Annual report of the Imperial Bacteriologist
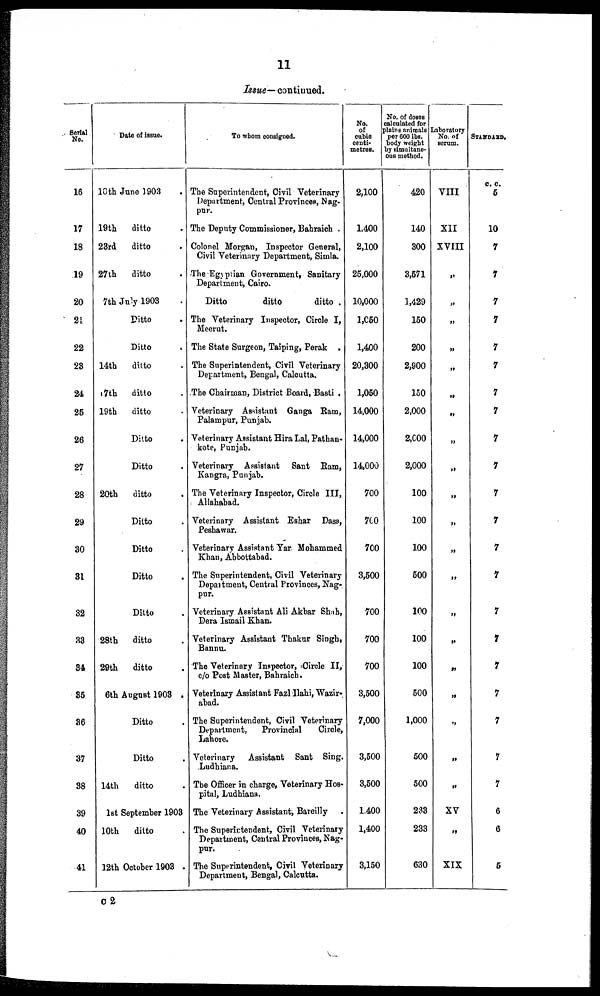
11
Issue— continued.
Serial
No.
16
17
18
19
20
21.
22
23
24
25
26
27
28
29
30
31
32
33
34
35
36
37
38
39
40
41
Date of issue.
10th June 1903
19th
23rd
27th
ditto .
ditto .
ditto .
7th July 1903 .
14th
17th
19th
20th
28th
29th
6th
14th
Ditto .
Ditto .
ditto .
ditto .
ditto .
Ditto .
Ditto .
ditto
.
Ditto .
Ditto .
Ditto .
Ditto .
ditto .
ditto .
August 1903 .
Ditto .
Ditto .
ditto .
1st September 1903
10th
ditto .
12th October 1903 .
To whom consigned.
The Superintendent, Civil Veterinary
Department, Central Provinces, Nag-
pur.
The Deputy Commissioner, Bahraich .
Colonel Morgan, Inspector General,
Civil Veterinary Department, Simla.
The Egyptian Government, Sanitary
Department, Cairo.
Ditto
ditto
ditto .
The Veterinary Inspector, Circle I,
Meerut.
The State Surgeon, Taiping, Perak .
The Superintendent, Civil Veterinary
Department, Bengal, Calcutta.
The Chairman, District Board, Basti .
Veterinary Assistant Ganga Ram,
Palampur, Punjab.
Veterinary Assistant Hira Lal, Pathan¬
kote, Punjab.
Veterinary Assistant Sant Ram,
Kangra, Punjab.
The Veterinary Inspector, Circle III,
Allahabad.
Veterinary Assistant Eshar Dass,
Peshawar.
Veterinary Assistant Yar Mohammed
Khan, Abbottabad.
The Superintendent, Civil Veterinary
Department, Central Provinces, Nag-
pur.
Veterinary Assistant Ali Akbar Shah,
Dera Ismail Khan.
Veterinary Assistant Thakur Singh,
Bannu.
The Veterinary Inspector, Circle II,
c/o Post Master, Bahraich.
Veterinary Assistant Fazl Ilahi, Wazir¬
abad.
The Superintendent, Civil Veterinary
Department,
Provincial
Circle,
Lahore.
Veterinary Assistant Sant Sing.
Ludhiana.
The Officer in charge, Veterinary Hos-
pital, Ludhiana.
The Veterinary Assistant, Bareilly .
The Superintendent, Civil Veterinary
Department, Central Provinces, Nag-
pur.
The Superintendent, Civil Veterinary
Department, Bengal, Calcutta.
No.
of.
cubic
centi-
metres.
2,100
1,400
2,100
25,000
10,000
1,050
1,400
20,300
1,050
14,000
14,000
14,000
700
700
700
3,500
700
700
700
3,500
7,000
3,500
3,500
1,400
1,400
3,150
No. of doses
calculated for
plains animals
per 600 lbs.
body weight
by simultane-
ous method.
420
140
300
3,571
1,429
150
200
2,900
150
2,000
2,000
2,000
100
100
100
500
100
100
100
500
1,000
500
500
233
233
630
Labortory
No. of
serum.
VIII
XII
XVIII
„
„
„
„
„
II
„
„
„
„
„
„
„
„
„
„
„
„
„
„
XV
„
XIX
STANDARD.
c. c.
5
10
7
7
7
7
7
7
7
7
7
7
7
7
7
7
7
7
7
7
7
7
7
6
6
5
C 2